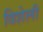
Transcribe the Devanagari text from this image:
विशेली